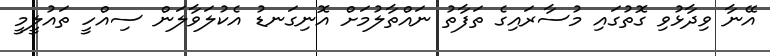
އޭނާ ވިދާޅުވި ގޮތުގައި މުސާރައިގެ ތަފާތު ނައްތާލުމަށް އޮނިގަނޑު އެކުލަވާލަން ސިއްހީ ތައުލީމީ